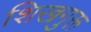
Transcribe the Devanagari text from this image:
शिखगुरू